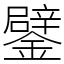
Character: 鐾